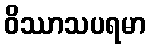
ဝိဿာသပရမာ